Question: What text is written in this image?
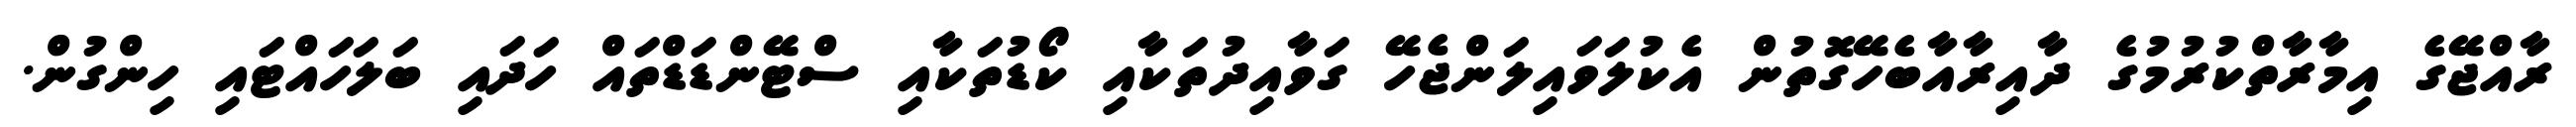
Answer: ރާއްޖޭގެ އިމާރާތްކުރުމުގެ ދާއިރާއާބެހޭގޮތުން އެކުލަވައިލަންޖެހޭ ގަވާއިދުތަކާއި ކޯޑުތަކާއި ސްޓޭންޑަޑްތައް ހަދައި ބަލަހައްޓައި ހިންގުން.